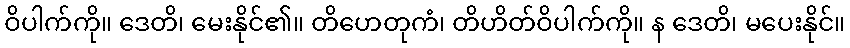
ဝိပါက်ကို။ ဒေတိ၊ မေးနိုင်၏။ တိဟေတုကံ၊ တိဟိတ်ဝိပါက်ကို။ န ဒေတိ၊ မပေးနိုင်။